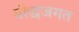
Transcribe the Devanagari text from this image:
बौद्धजगत